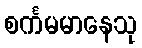
စင်္ကမမာနေသု